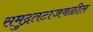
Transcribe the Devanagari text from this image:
समुद्रतटाजवळील